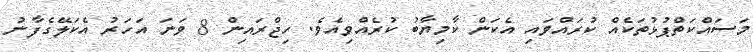
މަސައްކަތްޕުޅުތަކެއް ކުރައްވައި އެކަން ކާމިޔާބު ކުރެއްވިއެވެ. ހިޖްރައިން 8 ވަނަ އަހަރު އެކަލޭގެފާނު